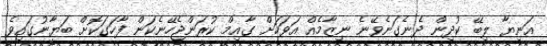
އަނިޔާ ލިބޭ ކުދިން ދެނެގަނެވޭނެ ނިޒާމެއް އަވަހަށް ގާއިމް ކުރަންޖެހޭނެކަން ފާހަގަކޮށް ބަޔާނުގައިވެ